Report of the Indian Hemp Drugs Commission, 1894-1895 - Volume VI
Year: 1894
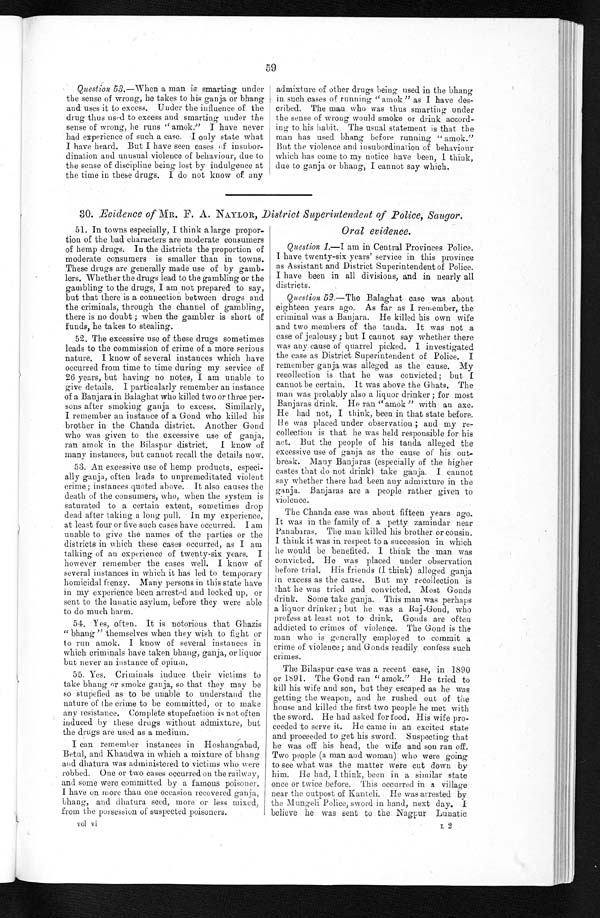
59
Question 53.—When a man is smarting under
the sense of wrong, he takes to his ganja or bhang
and uses it to excess. Under the influence of the
drug thus used to excess and smarting under the
sense of wrong, he runs " amok." I have never
had experience of such a case. I only state what
I have heard. But I have seen cases of insubor
dination and unusual violence of behaviour, due to
the sense of discipline being lost by indulgence at
the time in these drugs. I do not know of any
30. Evidence of MR. F. A. NAYLOR, District Superintendent of Police, Saugor,
a d m i x t u r e o f o t h e r d r u g s b e i n g u s e d i n t h e b h a n g
in such cases of running "amok " as I have des
cribed. The man who was thus smarting under
the sense of wrong would smoke or drink accord
ing to his habit. The usual statement is that the
man has used bhang before running " amok."
But the violence and insubordination of behaviour
which has come to my notice have been, I think,
due to ganja or bhang, I cannot say which.
51. In towns especially, I think a large propor
tion of the bad characters are moderate consumers
of hemp drugs. In the districts the proportion of
moderate consumers is smaller than in towns.
These drugs are generally made use of by gamb
lers. Whether the drugs lead to the gambling or the
gambling to the drugs, I am not prepared to say,
but that there is a connection between drugs and
the criminals, through the channel of gambling,
there is no doubt ; when the gambler is short of
funds, he takes to stealing.
52. The excessive use of these drugs sometimes
leads to the commission of crime of a more serious
nature. I know of several instances which have
occurred from time to time during my service of
26 years, but having no notes, I am unable to
give details. I particularly remember an instance
of a Banjara in Balaghat who killed two or three per
sons after smoking ganja to excess. Similarly,
I remember an instance of a Gond who killed his
brother in the Chanda district. Another Gond
who was given to the excessive use of ganja,
ran amok in the Bilaspur district. I know of
many instances, but cannot recall the details now.
53. An excessive use of hemp products, especi
ally ganja, often leads to unpremeditated violent
crime; instances quoted above. It also causes the
death of the consumers, who, when the system is
saturated to a certain extent, sometimes drop
dead after taking a long pull. In my experience,
at least four or five such cases have occurred. I am
unable to give the names of the parties or the
districts in which these cases occurred, as I am
talking of an experience of twenty-six years. I
however remember the cases well. I know of
several instances in which it has led to temporary
homicidal frenzy. Many persons in this state have
in my experience been arrested and locked up, or
sent to the lunatic asylum, before they were able
to do much harm.
54. Yes, often. It is notorious that Ghazis
" bhang " themselves when they wish to fight or
to run amok. I know of several instances in
which criminals have taken bhang, ganja, or liquor
but never an instance of opium.
55. Yes. Criminals induce their victims to
take bhang or smoke ganja, so that they may be
so stupefied as to be unable to understand the
nature of the crime to be committed, or to make
any resistance. Complete stupefaction is not often
induced by these drugs without admixture, but
the drugs are used as a medium.
I can remember instances in Hoshangabad,
Betul, and Khandwa in which a mixture of bhang
and dhatura was administered to victims who were
robbed. One or two cases occurred on the railway,
and some were committed by a famous poisoner.
I have on more than one occasion recovered ganja,
bhang, and dhatura seed, more or less mixed,
from the possession of suspected poisoners.
vol vi
Oral evidence.
Question 1.—I am in Central Provinces Police.
I have twenty-six years' service in this province
as Assistant and District Superintendent of Police.
I have been in all divisions, and in nearly all
districts.
Question 52.—The Balaghat case was about
eighteen years ago. As far as I remember, the
criminal was a Banjara. He killed his own wife
and two members of the tanda. It was not a
case of jealousy ; but I cannot say whether there
was any cause of quarrel picked. I investigated
the case as District Superintendent of Police. I
remember ganja was alleged as the cause. My
recollection is that he was convicted ; but I
cannot be certain. It was above the Ghats. The
man was probably also a liquor drinker ; for most
Banjaras drink. He ran "amok " with an axe.
He had not, I think, been in that state before.
H e was placed under observation ; and my re
collection is that he was held responsible for his
act. But the people of his tanda alleged the
excessive use of ganja as the cause of his out
break. Many Banjaras (especially of the higher
castes that do not drink) take ganja. I cannot
say whether there had been any admixture in the
ganja. Banjaras are a people rather given to
violence.
The Chanda case was about fifteen years ago.
It was in the family of a petty zamindar near
Panabaras. The man killed his brother or cousin.
I think it was in respect to a succession in which
he would be benefited. I think the man was
convicted. He was placed under observation
before trial. His friends (I think) alleged ganja
in excess as the cause. But my recollection is
that he was tried and convicted. Most Gonds
drink. Some take ganja. This man was perhaps
a liquor drinker ;but he was a Raj-Gond, who
profess at least not to drink. Gonds are often
addicted to crimes of violence. The Gond is the
man who is generally employed to commit a
crime of violence; and Gonds readily confess such
crimes.
T h e B i l a s p u r c a s e w a s a r e c e n t c a s e , i n 1 8 9 0
;
o r 1 8 9 1 . T h e G o n d r a n " a m o k . " H e t r i e d t o
kill his wife and son, but they escaped as he was
getting the weapon, and he rushed out of the
house and killed the first two people he met with
the sword. He had asked for food. His wife pro
ceeded to serve it. He came in an excited state
and proceeded to get his sword. Suspecting that
he was off his head, the wife and son ran off.
Two people (a man and woman) who were going
to see what was the matter were cut down by
him. He had, I think, been in a similar state
once or twice before. This occurred in a village
near the outpost of Kanteli. He was arrested by
the Mungeli Police, sword in hand, next day.
believe he was sent to the Nagpur Lunatic